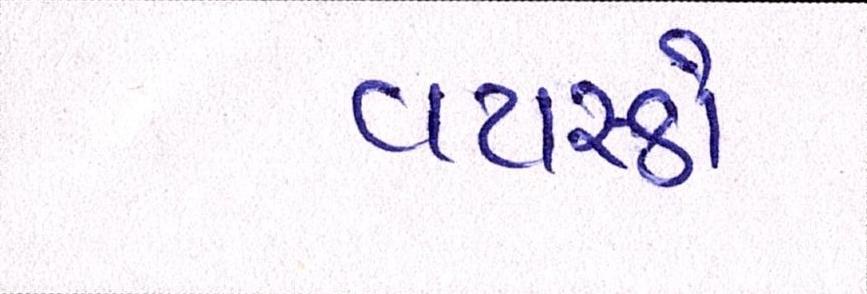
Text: વયસ્કો